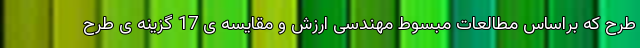
طرح که براساس مطالعات مبسوط مهندسی ارزش و مقایسه ی 17 گزینه ی طرح